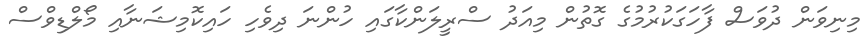
މިނިވަން ދުވަސް ފާހަގަކުރުމުގެ ގޮތުން މިއަދު ސްރީލަންކާގައި ހުންނަ ދިވެހި ހައިކޮމިޝަނާއި މޯލްޑިވްސް